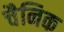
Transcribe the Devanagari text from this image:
चैनिक